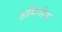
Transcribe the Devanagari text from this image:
इसिनीया